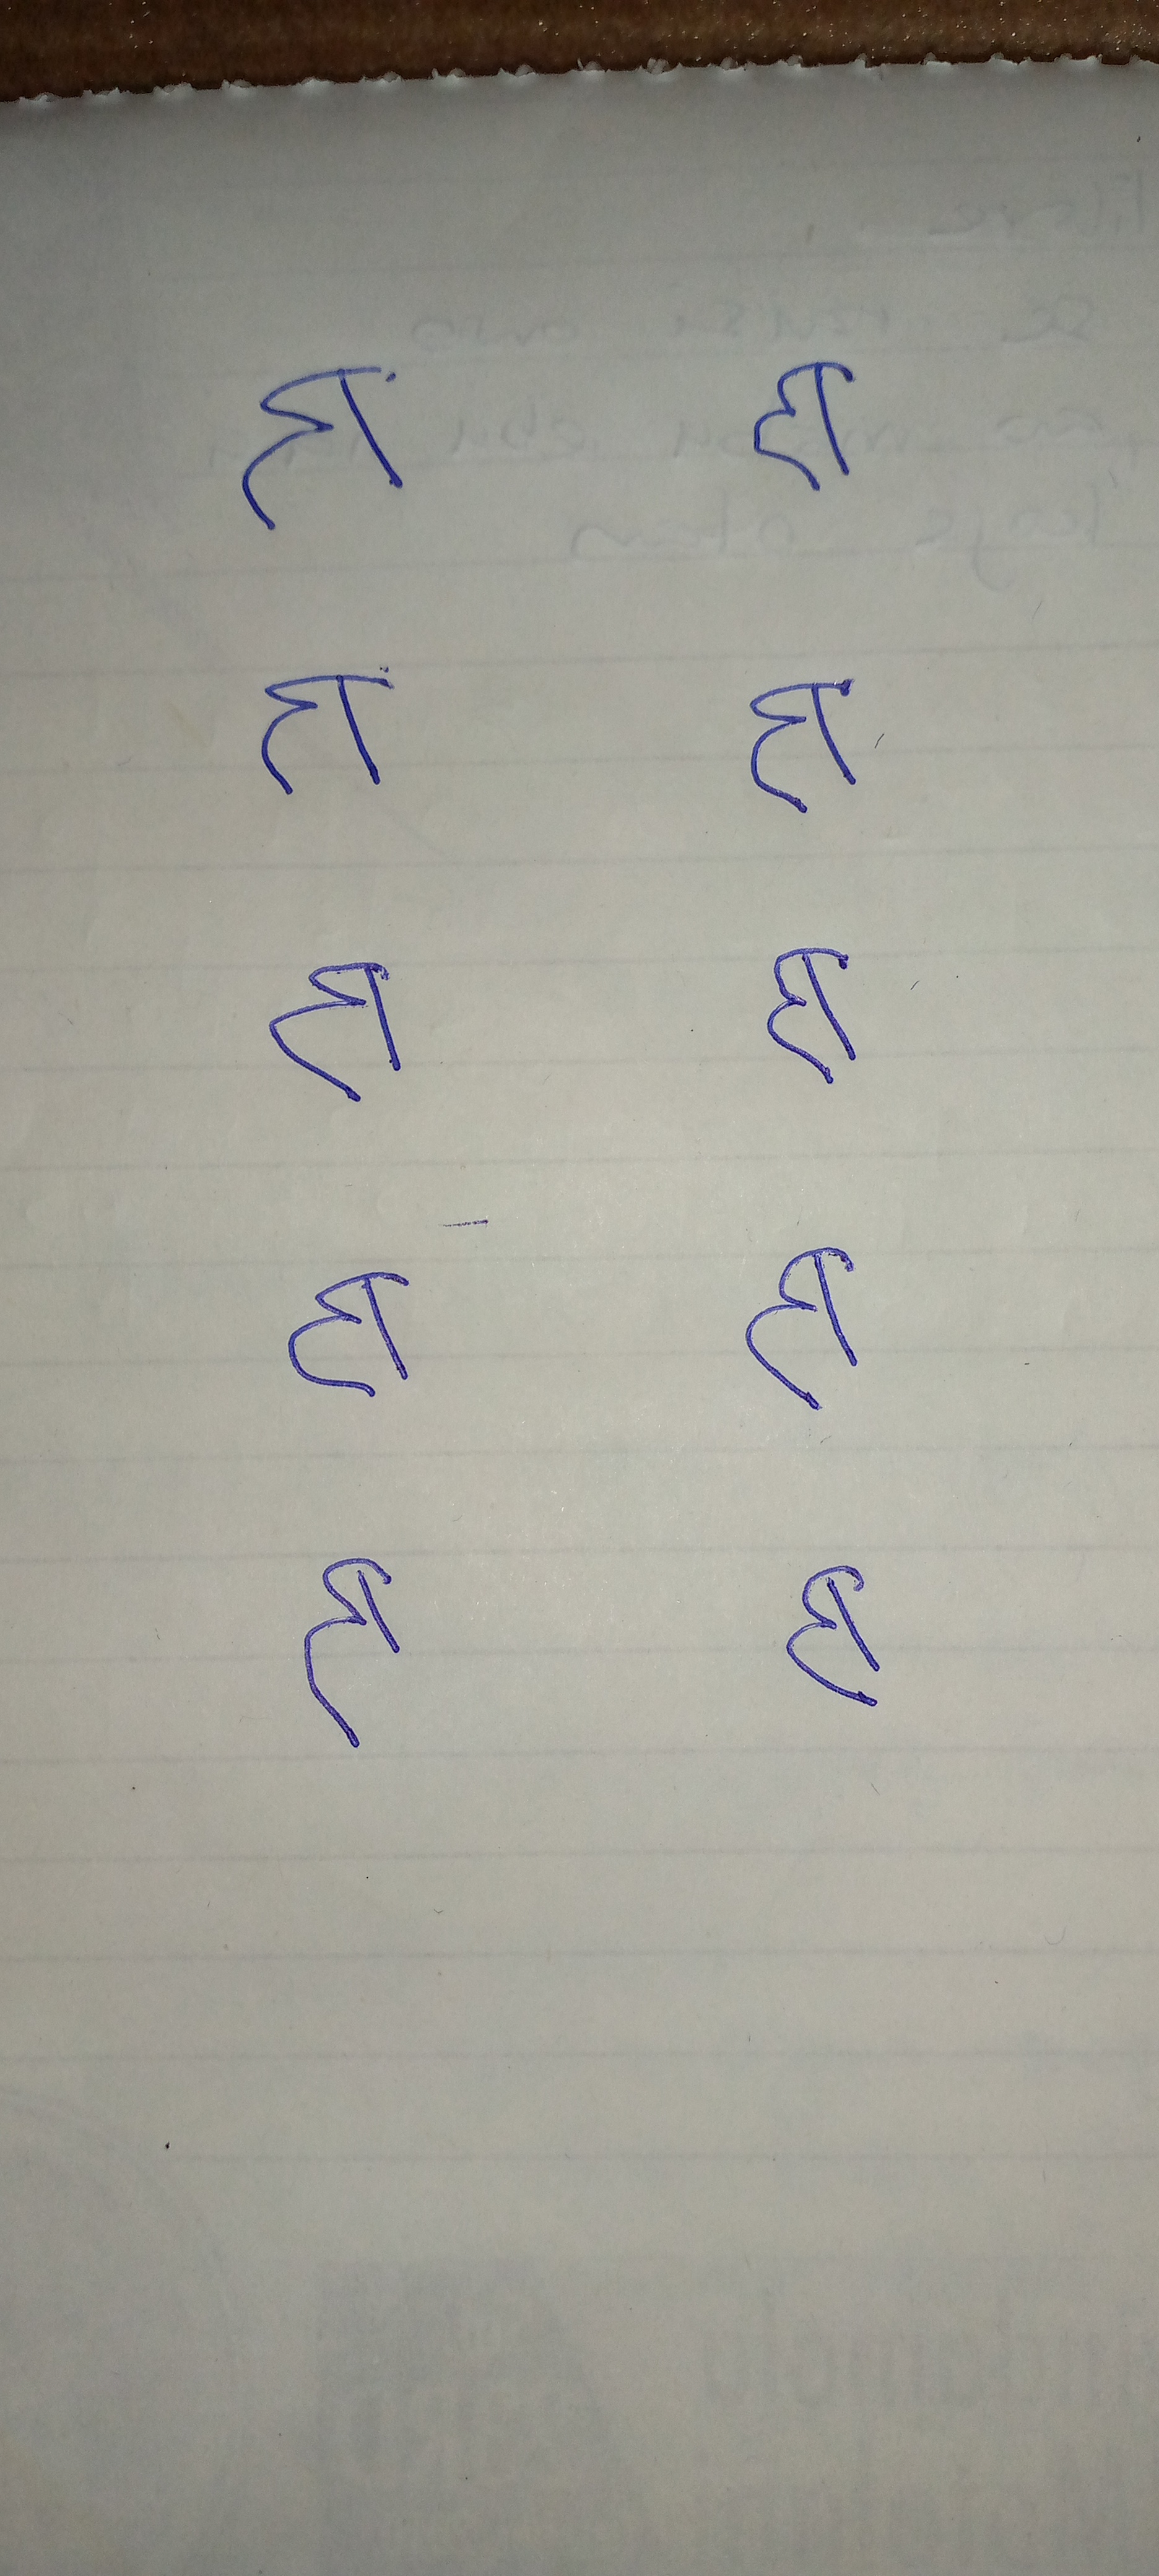
Signature authenticity: forged